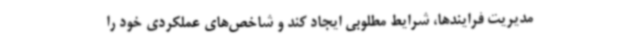
مدیریت فرایندها، شرایط مطلوبی ایجاد کند و شاخص‌های عملکردی خود را